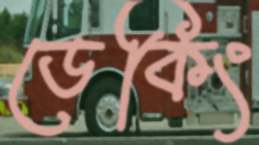
ডেকিং